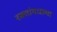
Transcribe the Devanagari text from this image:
रक्तांमधल्या